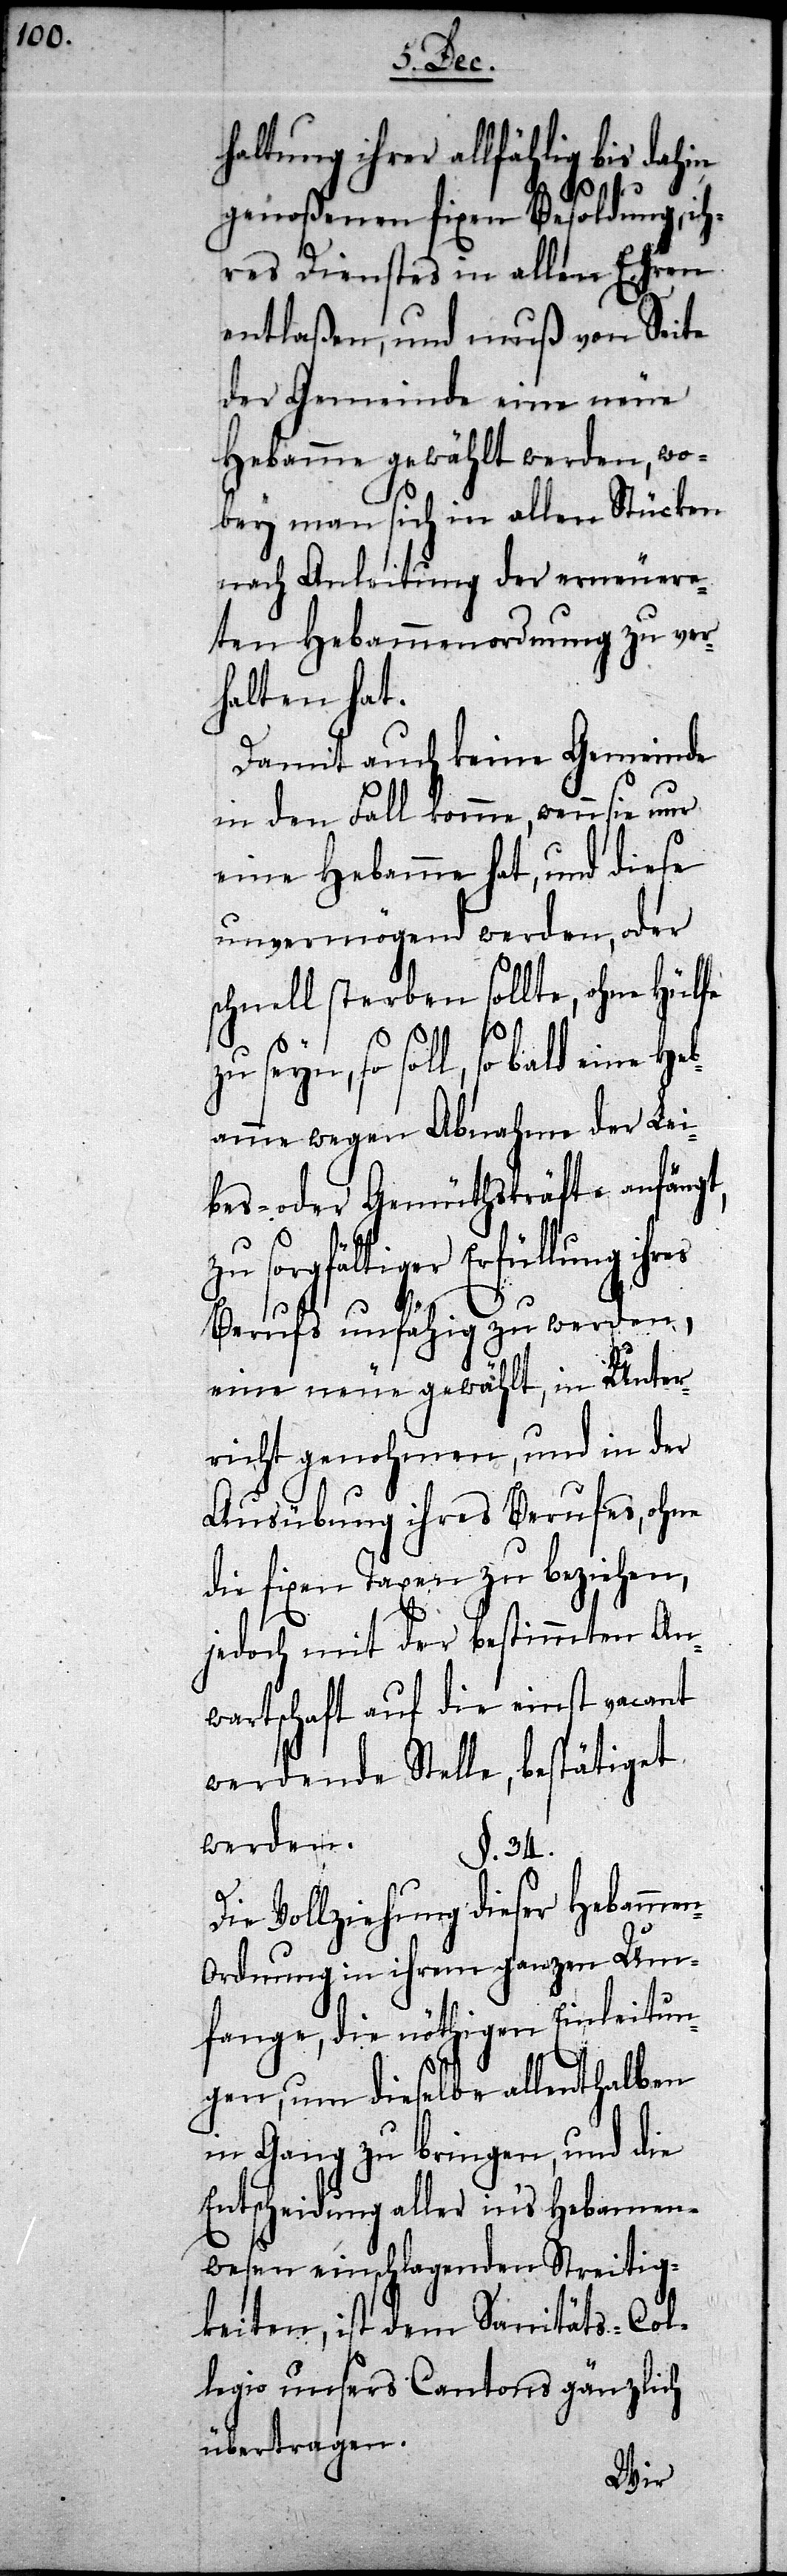
haltung ihrer allfählig bis dahin
genoßenen fixen Besoldung, ih¬
res Dienstes in allen Ehren
entlaßen, und muß von Seite
der Gemeinde eine neue
Hebamme gewählt werden, wo¬
bey man sich in allen Stücken
nach Anleitung der erneuere¬
ten Hebammenordnung zu ver¬
halten hat.
Damit auch keine Gemeinde
in den Fall komme, wenn sie nur
eine Hebamme hat, und diese
unvermögend werden, oder
schnell sterben sollte, ohne Hülfe
so soll, sobald eine He¬
bamme wegen Abnahme der Lei¬
bes- oder Gemüthskräfte anfängt,
zu sorgfältiger Erfüllung ihres
Berufs unfähig zu werden,
eine neue gewählt, in Unter¬
richt genohmen, und in der
Ausübung ihres Berufes, ohne
die fixen Taxen zu beziehen,
jedoch mit der bestimmten An¬
wartschaft auf die einst vacant
werdende Stelle, bestätiget
werden.
§. 34.
Die Vollziehung dieser Hebamme¬
n-Ordnung in ihrem ganzen Um¬
fange, die nöthigen Einleitun¬
gen, um dieselbe allenthalben
in Gang zu bringen, und die
Entscheidung aller in’s Hebammen¬
wesen einschlagenden Streitig¬
keiten, ist dem Sanitäts-Col¬
legio unsers Cantons gänzlich
übertragen.